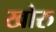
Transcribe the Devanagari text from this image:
खोरु